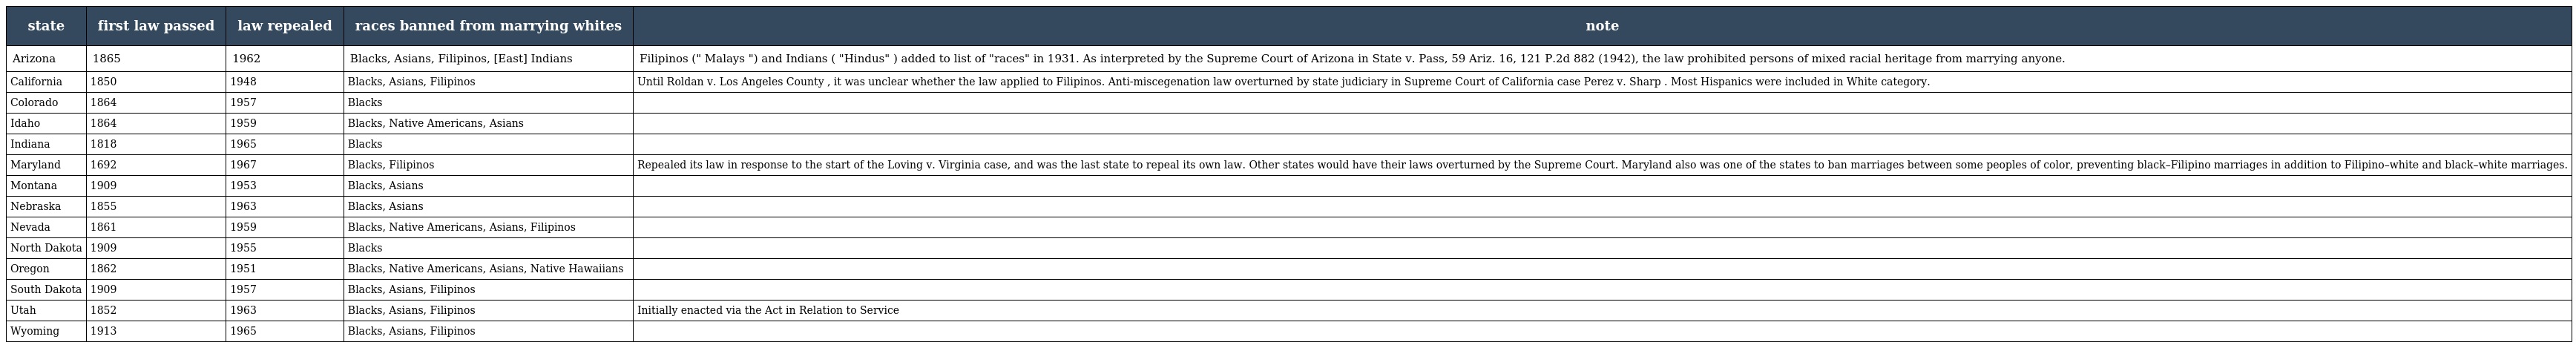
| state | first law passed | law repealed | races banned from marrying whites | note |
 | --- | --- | --- | --- | --- |
 | Arizona | 1865 | 1962 | Blacks, Asians, Filipinos, [East] Indians | Filipinos (" Malays ") and Indians ( "Hindus" ) added to list of "races" in 1931. As interpreted by the Supreme Court of Arizona in State v. Pass, 59 Ariz. 16, 121 P.2d 882 (1942), the law prohibited persons of mixed racial heritage from marrying anyone. |
 | California | 1850 | 1948 | Blacks, Asians, Filipinos | Until Roldan v. Los Angeles County , it was unclear whether the law applied to Filipinos. Anti-miscegenation law overturned by state judiciary in Supreme Court of California case Perez v. Sharp . Most Hispanics were included in White category. |
 | Colorado | 1864 | 1957 | Blacks |  |
 | Idaho | 1864 | 1959 | Blacks, Native Americans, Asians |  |
 | Indiana | 1818 | 1965 | Blacks |  |
 | Maryland | 1692 | 1967 | Blacks, Filipinos | Repealed its law in response to the start of the Loving v. Virginia case, and was the last state to repeal its own law. Other states would have their laws overturned by the Supreme Court. Maryland also was one of the states to ban marriages between some peoples of color, preventing black–Filipino marriages in addition to Filipino–white and black–white marriages. |
 | Montana | 1909 | 1953 | Blacks, Asians |  |
 | Nebraska | 1855 | 1963 | Blacks, Asians |  |
 | Nevada | 1861 | 1959 | Blacks, Native Americans, Asians, Filipinos |  |
 | North Dakota | 1909 | 1955 | Blacks |  |
 | Oregon | 1862 | 1951 | Blacks, Native Americans, Asians, Native Hawaiians |  |
 | South Dakota | 1909 | 1957 | Blacks, Asians, Filipinos |  |
 | Utah | 1852 | 1963 | Blacks, Asians, Filipinos | Initially enacted via the Act in Relation to Service |
 | Wyoming | 1913 | 1965 | Blacks, Asians, Filipinos |  |